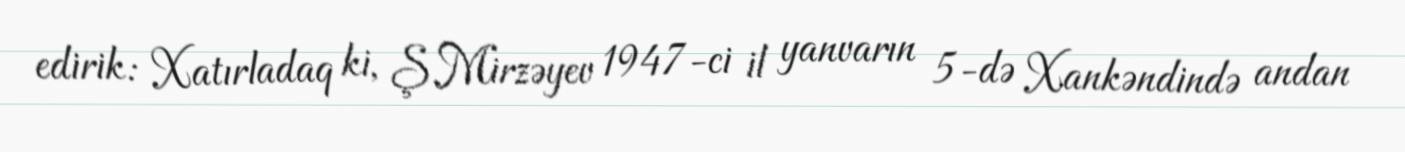
edirik: Xatırladaq ki, Ş.Mirzəyev 1947-ci il yanvarın 5-də Xankəndində andan